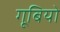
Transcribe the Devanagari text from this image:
गूबियो